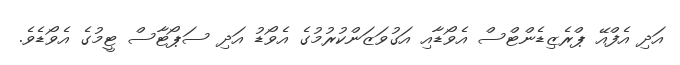
އަދި އެފްއޭ ޕްރެޒިޑެންޓްސް އެވޯޑާއި އަގުވަޒަންކުރުމުގެ އެވޯޑު އަދި ސަޕޯޓާސް ޓީމުގެ އެވޯޑެވެ.